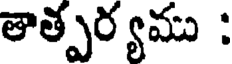
తాత్పర్యము :